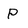
Character: P